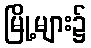
မြို့များ၌